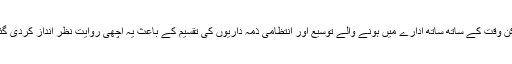
لیکن وقت کے ساتھ ساتھ ادارے میں ہونے والے توسیع اور انتظامی ذمہ داریوں کی تقسیم کے باعث یہ اچھی روایت نظر انداز کردی گئی۔